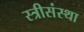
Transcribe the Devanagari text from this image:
स्त्रीसंस्था